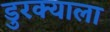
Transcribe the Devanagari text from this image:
डुरक्याला